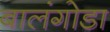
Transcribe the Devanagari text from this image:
बालंगोडा